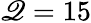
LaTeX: \mathscr{Q}=15